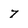
Character: 7